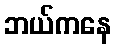
ဘယ်ကနေ